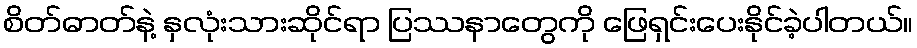
စိတ်ဓာတ်နဲ့ နှလုံးသားဆိုင်ရာ ပြဿနာတွေကို ဖြေရှင်းပေးနိုင်ခဲ့ပါတယ်။